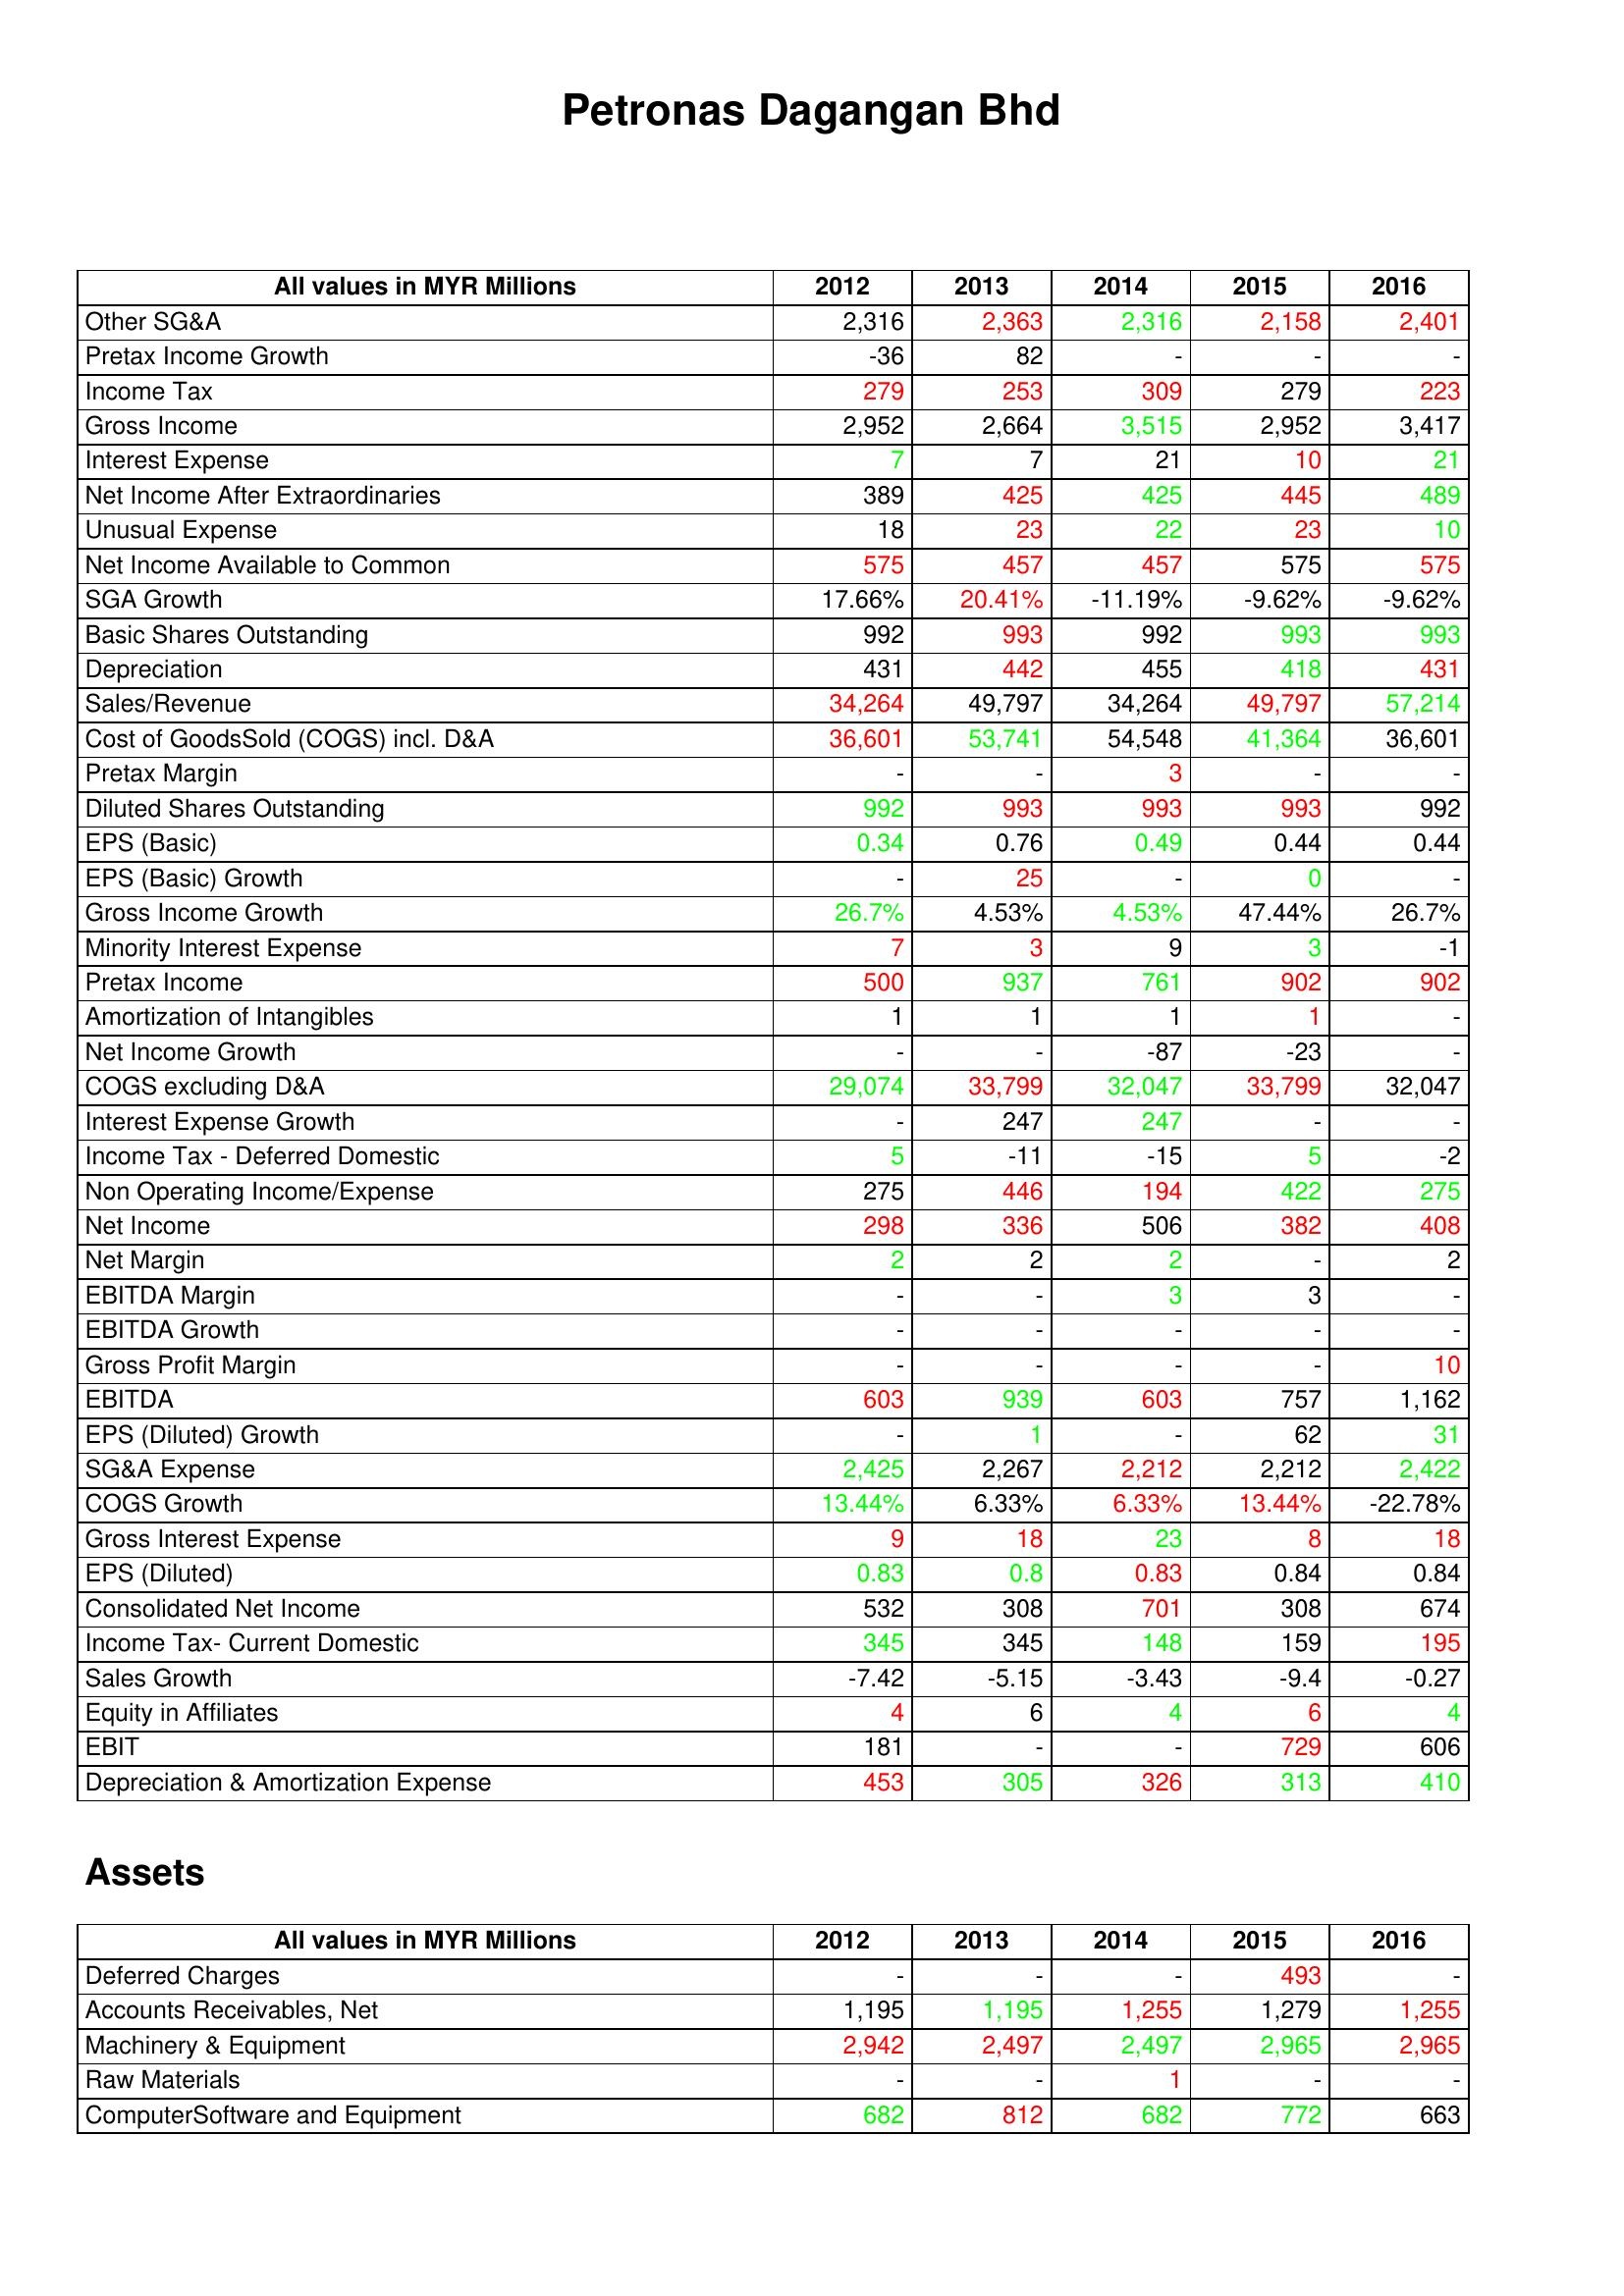
gt_parse: 2012: : Other SG&A: 2,316
Pretax Income Growth: -36
Income Tax: 279
Gross Income: 2,952
Interest Expense: 7
Net Income After Extraordinaries: 389
Unusual Expense: 18
Net Income Available to Common: 575
SGA Growth: 17.66%
Basic Shares Outstanding: 992
Depreciation: 431
Sales/Revenue: 34,264
Cost of GoodsSold (COGS) incl. D&A: 36,601
Pretax Margin: -
Diluted Shares Outstanding: 992
EPS (Basic): 0.34
EPS (Basic) Growth: -
Gross Income Growth: 26.7%
Minority Interest Expense: 7
Pretax Income: 500
Amortization of Intangibles: 1
Net Income Growth: -
COGS excluding D&A: 29,074
Interest Expense Growth: -
Income Tax - Deferred Domestic: 5
Non Operating Income/Expense: 275
Net Income: 298
Net Margin: 2
EBITDA Margin: -
EBITDA Growth: -
Gross Profit Margin: -
EBITDA: 603
EPS (Diluted) Growth: -
SG&A Expense: 2,425
COGS Growth: 13.44%
Gross Interest Expense: 9
EPS (Diluted): 0.83
Consolidated Net Income: 532
Income Tax- Current Domestic: 345
Sales Growth: -7.42
Equity in Affiliates: 4
EBIT: 181
Depreciation & Amortization Expense: 453
Assets: Deferred Charges: -
Accounts Receivables, Net: 1,195
Machinery & Equipment: 2,942
Raw Materials: -
ComputerSoftware and Equipment: 682
2013: : Other SG&A: 2,363
Pretax Income Growth: 82
Income Tax: 253
Gross Income: 2,664
Interest Expense: 7
Net Income After Extraordinaries: 425
Unusual Expense: 23
Net Income Available to Common: 457
SGA Growth: 20.41%
Basic Shares Outstanding: 993
Depreciation: 442
Sales/Revenue: 49,797
Cost of GoodsSold (COGS) incl. D&A: 53,741
Pretax Margin: -
Diluted Shares Outstanding: 993
EPS (Basic): 0.76
EPS (Basic) Growth: 25
Gross Income Growth: 4.53%
Minority Interest Expense: 3
Pretax Income: 937
Amortization of Intangibles: 1
Net Income Growth: -
COGS excluding D&A: 33,799
Interest Expense Growth: 247
Income Tax - Deferred Domestic: -11
Non Operating Income/Expense: 446
Net Income: 336
Net Margin: 2
EBITDA Margin: -
EBITDA Growth: -
Gross Profit Margin: -
EBITDA: 939
EPS (Diluted) Growth: 1
SG&A Expense: 2,267
COGS Growth: 6.33%
Gross Interest Expense: 18
EPS (Diluted): 0.8
Consolidated Net Income: 308
Income Tax- Current Domestic: 345
Sales Growth: -5.15
Equity in Affiliates: 6
EBIT: -
Depreciation & Amortization Expense: 305
Assets: Deferred Charges: -
Accounts Receivables, Net: 1,195
Machinery & Equipment: 2,497
Raw Materials: -
ComputerSoftware and Equipment: 812
2014: : Other SG&A: 2,316
Pretax Income Growth: -
Income Tax: 309
Gross Income: 3,515
Interest Expense: 21
Net Income After Extraordinaries: 425
Unusual Expense: 22
Net Income Available to Common: 457
SGA Growth: -11.19%
Basic Shares Outstanding: 992
Depreciation: 455
Sales/Revenue: 34,264
Cost of GoodsSold (COGS) incl. D&A: 54,548
Pretax Margin: 3
Diluted Shares Outstanding: 993
EPS (Basic): 0.49
EPS (Basic) Growth: -
Gross Income Growth: 4.53%
Minority Interest Expense: 9
Pretax Income: 761
Amortization of Intangibles: 1
Net Income Growth: -87
COGS excluding D&A: 32,047
Interest Expense Growth: 247
Income Tax - Deferred Domestic: -15
Non Operating Income/Expense: 194
Net Income: 506
Net Margin: 2
EBITDA Margin: 3
EBITDA Growth: -
Gross Profit Margin: -
EBITDA: 603
EPS (Diluted) Growth: -
SG&A Expense: 2,212
COGS Growth: 6.33%
Gross Interest Expense: 23
EPS (Diluted): 0.83
Consolidated Net Income: 701
Income Tax- Current Domestic: 148
Sales Growth: -3.43
Equity in Affiliates: 4
EBIT: -
Depreciation & Amortization Expense: 326
Assets: Deferred Charges: -
Accounts Receivables, Net: 1,255
Machinery & Equipment: 2,497
Raw Materials: 1
ComputerSoftware and Equipment: 682
2015: : Other SG&A: 2,158
Pretax Income Growth: -
Income Tax: 279
Gross Income: 2,952
Interest Expense: 10
Net Income After Extraordinaries: 445
Unusual Expense: 23
Net Income Available to Common: 575
SGA Growth: -9.62%
Basic Shares Outstanding: 993
Depreciation: 418
Sales/Revenue: 49,797
Cost of GoodsSold (COGS) incl. D&A: 41,364
Pretax Margin: -
Diluted Shares Outstanding: 993
EPS (Basic): 0.44
EPS (Basic) Growth: 0
Gross Income Growth: 47.44%
Minority Interest Expense: 3
Pretax Income: 902
Amortization of Intangibles: 1
Net Income Growth: -23
COGS excluding D&A: 33,799
Interest Expense Growth: -
Income Tax - Deferred Domestic: 5
Non Operating Income/Expense: 422
Net Income: 382
Net Margin: -
EBITDA Margin: 3
EBITDA Growth: -
Gross Profit Margin: -
EBITDA: 757
EPS (Diluted) Growth: 62
SG&A Expense: 2,212
COGS Growth: 13.44%
Gross Interest Expense: 8
EPS (Diluted): 0.84
Consolidated Net Income: 308
Income Tax- Current Domestic: 159
Sales Growth: -9.4
Equity in Affiliates: 6
EBIT: 729
Depreciation & Amortization Expense: 313
Assets: Deferred Charges: 493
Accounts Receivables, Net: 1,279
Machinery & Equipment: 2,965
Raw Materials: -
ComputerSoftware and Equipment: 772
2016: : Other SG&A: 2,401
Pretax Income Growth: -
Income Tax: 223
Gross Income: 3,417
Interest Expense: 21
Net Income After Extraordinaries: 489
Unusual Expense: 10
Net Income Available to Common: 575
SGA Growth: -9.62%
Basic Shares Outstanding: 993
Depreciation: 431
Sales/Revenue: 57,214
Cost of GoodsSold (COGS) incl. D&A: 36,601
Pretax Margin: -
Diluted Shares Outstanding: 992
EPS (Basic): 0.44
EPS (Basic) Growth: -
Gross Income Growth: 26.7%
Minority Interest Expense: -1
Pretax Income: 902
Amortization of Intangibles: -
Net Income Growth: -
COGS excluding D&A: 32,047
Interest Expense Growth: -
Income Tax - Deferred Domestic: -2
Non Operating Income/Expense: 275
Net Income: 408
Net Margin: 2
EBITDA Margin: -
EBITDA Growth: -
Gross Profit Margin: 10
EBITDA: 1,162
EPS (Diluted) Growth: 31
SG&A Expense: 2,422
COGS Growth: -22.78%
Gross Interest Expense: 18
EPS (Diluted): 0.84
Consolidated Net Income: 674
Income Tax- Current Domestic: 195
Sales Growth: -0.27
Equity in Affiliates: 4
EBIT: 606
Depreciation & Amortization Expense: 410
Assets: Deferred Charges: -
Accounts Receivables, Net: 1,255
Machinery & Equipment: 2,965
Raw Materials: -
ComputerSoftware and Equipment: 663